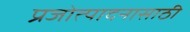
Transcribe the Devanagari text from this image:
प्रजोत्पादनासाठी